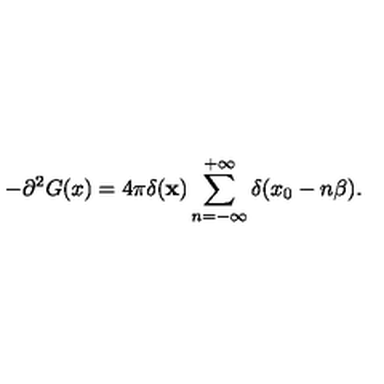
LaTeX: - \partial ^ { 2 } G ( x ) = 4 \pi \delta ( { \bf x } ) \sum _ { n = - \infty } ^ { + \infty } \delta ( x _ { 0 } - n \beta ) .